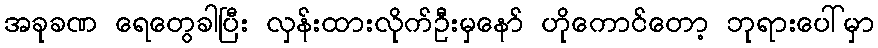
အခုခဏ ရေတွေခါပြီး လှန်းထားလိုက်ဦးမှနော် ဟိုကောင်တော့ ဘုရားပေါ်မှာ